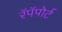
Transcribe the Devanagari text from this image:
रॅपॅपोर्ट